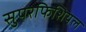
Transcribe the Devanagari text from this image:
सुपरफिशियल